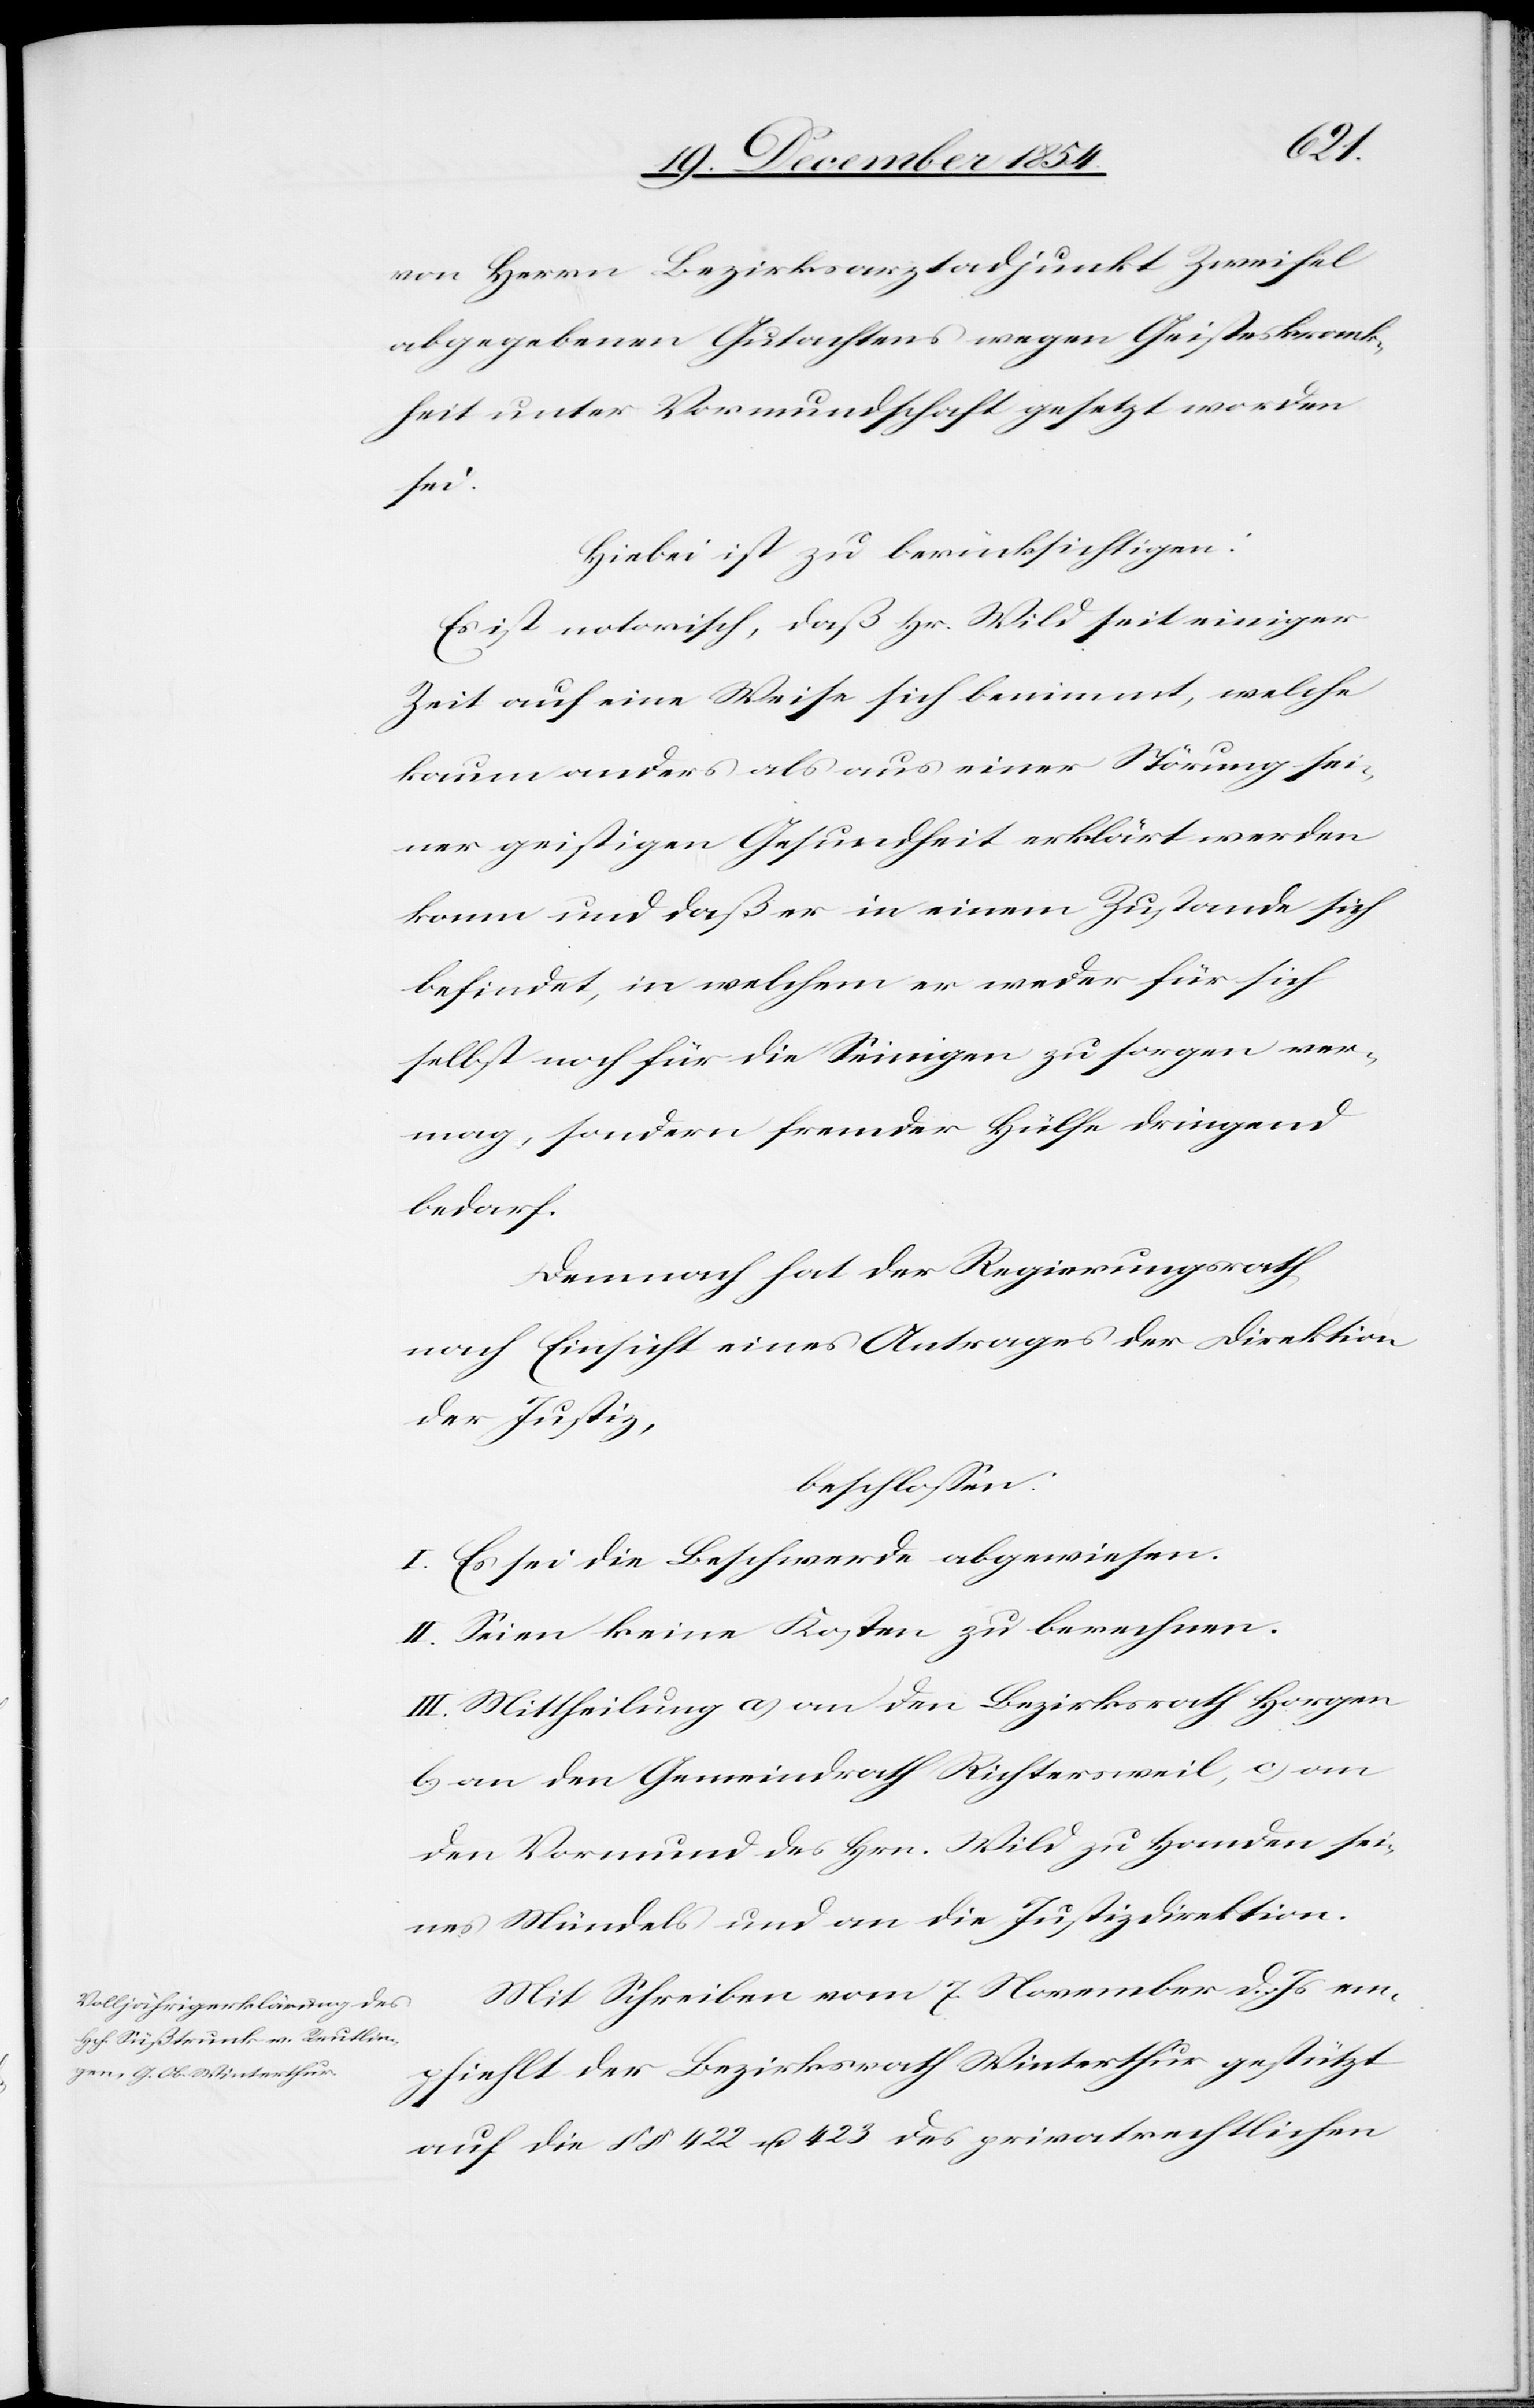
von Herrn Bezirksarztadjunkt Zweifel
abgegebenen Gutachtens wegen Geisteskrank¬
heit unter Vormundschaft gesetzt worden
sei.
Hiebei ist zu berücksichtigen:
Es ist notorisch, daß Hr. Wild seit einiger
Zeit auf eine Weise sich benimmt, welche
kaum anders als aus einer Störung sei¬
ner geistigen Gesundheit erklärt werden
kann und daß er in einem Zustande sich
befindet, in welchem er weder für sich
selbst noch für die Seinigen zu sorgen ver¬
mag, sondern fremder Hülfe dringend
bedarf.
Demnach hat der Regierungsrath
nach Einsicht eines Antrages der Direktion
der Justiz,
beschloßen:
I. Es sei die Beschwerde abgewiesen.
II. Seien keine Kosten zu berechnen.
III. Mittheilung a) an den Bezirksrath Horgen
b) an den Gemeindrath Richtersweil, c) an
den Vormund des Hrn. Wild zu Handen sei¬
nes Mündels und an die Justizdirektion.
Mit Schreiben vom 7. November d. Js. em¬
pfiehlt der Bezirksrath Winterthur gestützt
auf die § § 422 u. 423 des privatrechtlichen